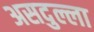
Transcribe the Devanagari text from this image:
असदुल्ला